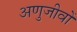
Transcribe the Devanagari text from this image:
अणुजीवों